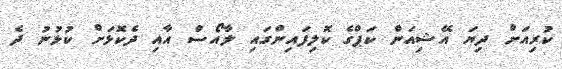
ކުރިއަށް ދިޔަ އޭޝިއަން ކަޕްގެ ކޮލިފައިންގައި ލާއޯސް އާއި ދެކޮޅަށް ކުޅުނު ދެ